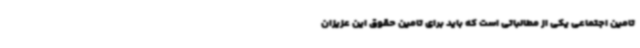
تامین اجتماعی یکی از مطالباتی است که باید برای تامین حقوق این عزیزان